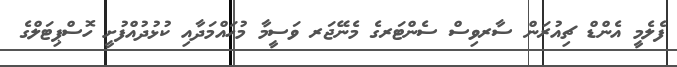
ފެލެމީ އެންޑް ޗިއުރަން ސާރވިސް ސެންޓަރގެ މެނޭޖަރ ވަސީމާ މުހައްމަދާއި ކުޅުދުއްފުށީ ހޮސްޕިޓަލްގެ